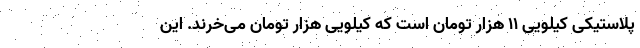
پلاستیکی کیلویی ۱۱ هزار تومان است که کیلویی هزار تومان می‌خرند. این